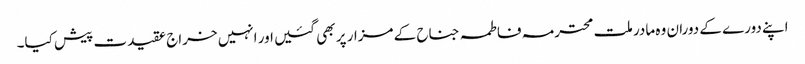
اپنے دورے کے دوران وہ مادر ملت محترمہ فاطمہ جناح کے مزار پر بھی گئیں اور انہیں خراج عقیدت پیش کیا۔